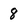
Character: 8